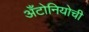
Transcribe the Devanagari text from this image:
अँटोनियोची